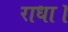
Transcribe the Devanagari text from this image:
राधा।